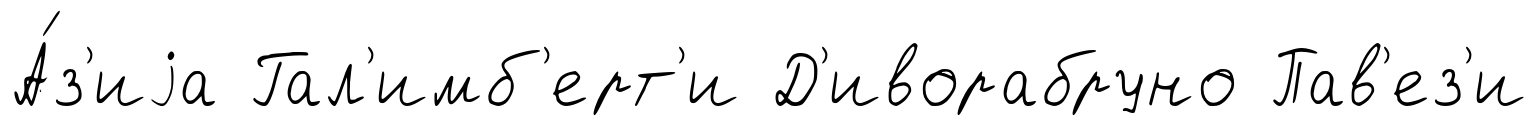
А́з'иjа Гал'имб'ерт'и Д'иворабруно Пав'ез'и